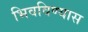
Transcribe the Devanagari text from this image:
भिवविण्यास